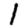
Digit: 1